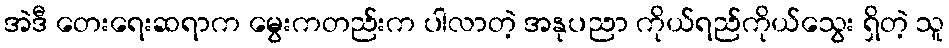
အဲဒီ တေးရေးဆရာက မွေးကတည်းက ပါလာတဲ့ အနုပညာ ကိုယ်ရည်ကိုယ်သွေး ရှိတဲ့ သူ